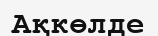
Ақкөлде